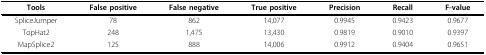
<table><thead><tr><td><b>Tools</b></td><td><b>False positive</b></td><td><b>False negative</b></td><td><b>True positive</b></td><td><b>Precision</b></td><td><b>Recall</b></td><td><b>F-value</b></td></tr></thead><tbody><tr><td>SpliceJumper</td><td>78</td><td>862</td><td>14,077</td><td>0.9945</td><td>0.9423</td><td>0.9677</td></tr><tr><td>TopHat2</td><td>248</td><td>1,475</td><td>13,430</td><td>0.9819</td><td>0.9010</td><td>0.9397</td></tr><tr><td>MapSplice2</td><td>125</td><td>888</td><td>14,006</td><td>0.9912</td><td>0.9404</td><td>0.9651</td></tr></tbody></table>